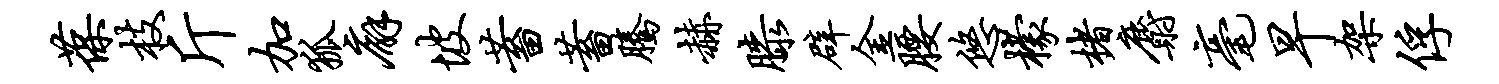
葆枝斤加狐廨坡蓄蓄腾赫膝辟金腰悠檬楮麝毫早架俘